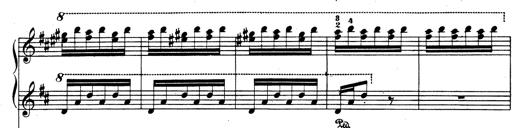
Title: Rhapsodie espagnole
Composer: Franz Liszt